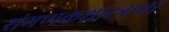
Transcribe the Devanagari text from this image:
संगणकशास्त्राचा